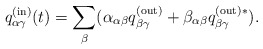
\begin{align*}q_{\alpha\gamma}^{{\rm(in)}}(t)=\sum_{\beta}(\alpha_{\alpha\beta}q_{\beta\gamma} ^{{\rm(out)}}+ \beta_{\alpha\beta}q_{\beta\gamma}^{{\rm (out)}\ast}).\end{align*}